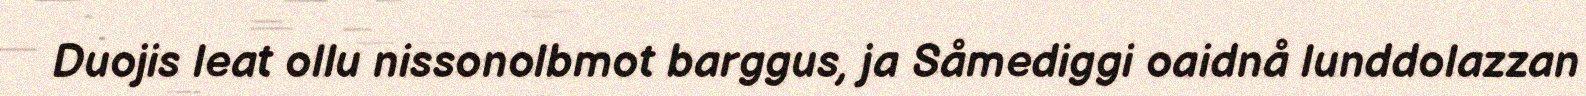
Duojis leat ollu nissonolbmot barggus, ja Såmediggi oaidnå lunddolazzan